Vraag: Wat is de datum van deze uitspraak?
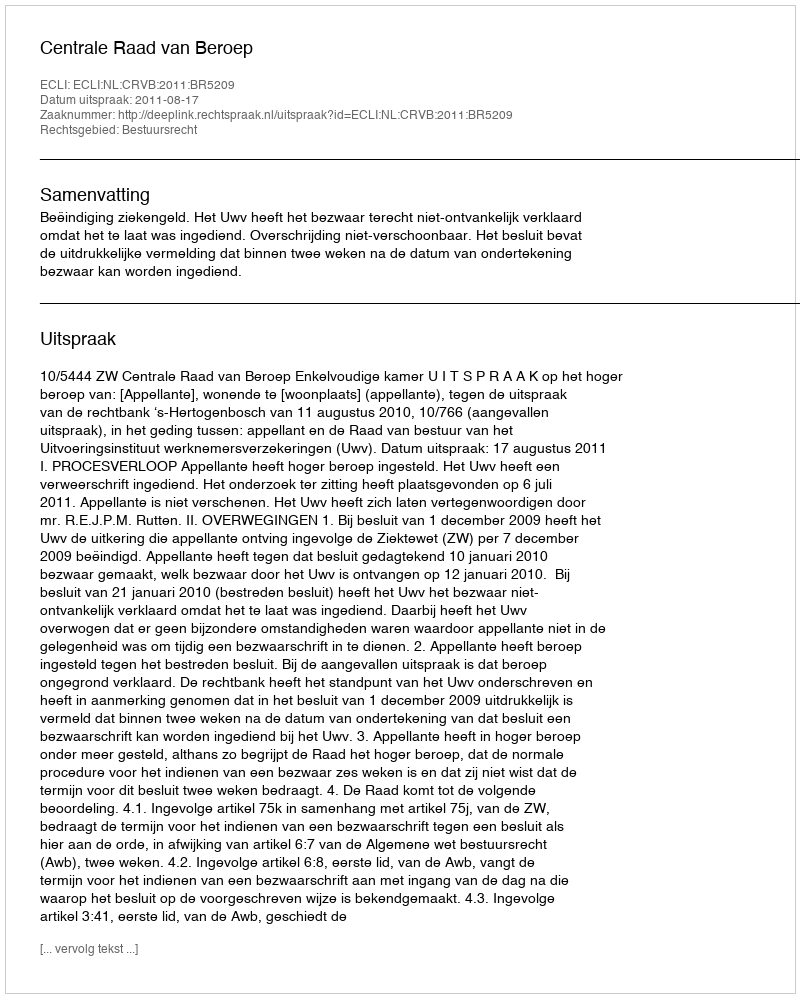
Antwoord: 2011-08-17